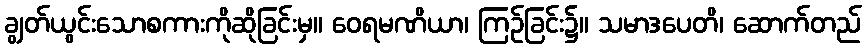
ချွတ်ယွင်းသောစကားကိုဆိုခြင်းမှ။ ဝေရမဏိယာ၊ ကြဉ်ခြင်း၌။ သမာဒပေတိ၊ ဆောက်တည်